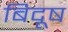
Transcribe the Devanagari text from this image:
बिदूष